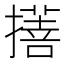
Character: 𢴯